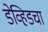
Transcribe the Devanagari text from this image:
डेव्हिडचा